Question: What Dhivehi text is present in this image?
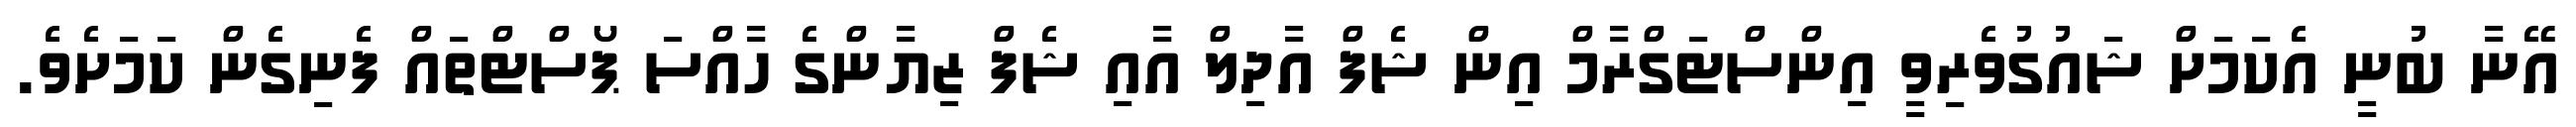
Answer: އޭނާ ބުނީ އެކަމަށް ޝައުގުވެރިވީ އިންސްޓަގްރާމް އިން ޝެފް އާދިލް އާއި ޝެފް ޒިޔާންގެ ހާއްސަ ޕޯސްޓްތައް ފެނިގެން ކަމަށެވެ.